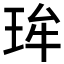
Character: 𱮽